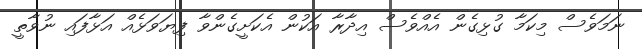
ނަމަވެސް މިކަމާ ގުޅިގެން އެއްވެސް އިދާރާ އަކުން އެކަށީގެންވާ ފިޔަވަޅެއް އަޅާފައި ނުވާތީ